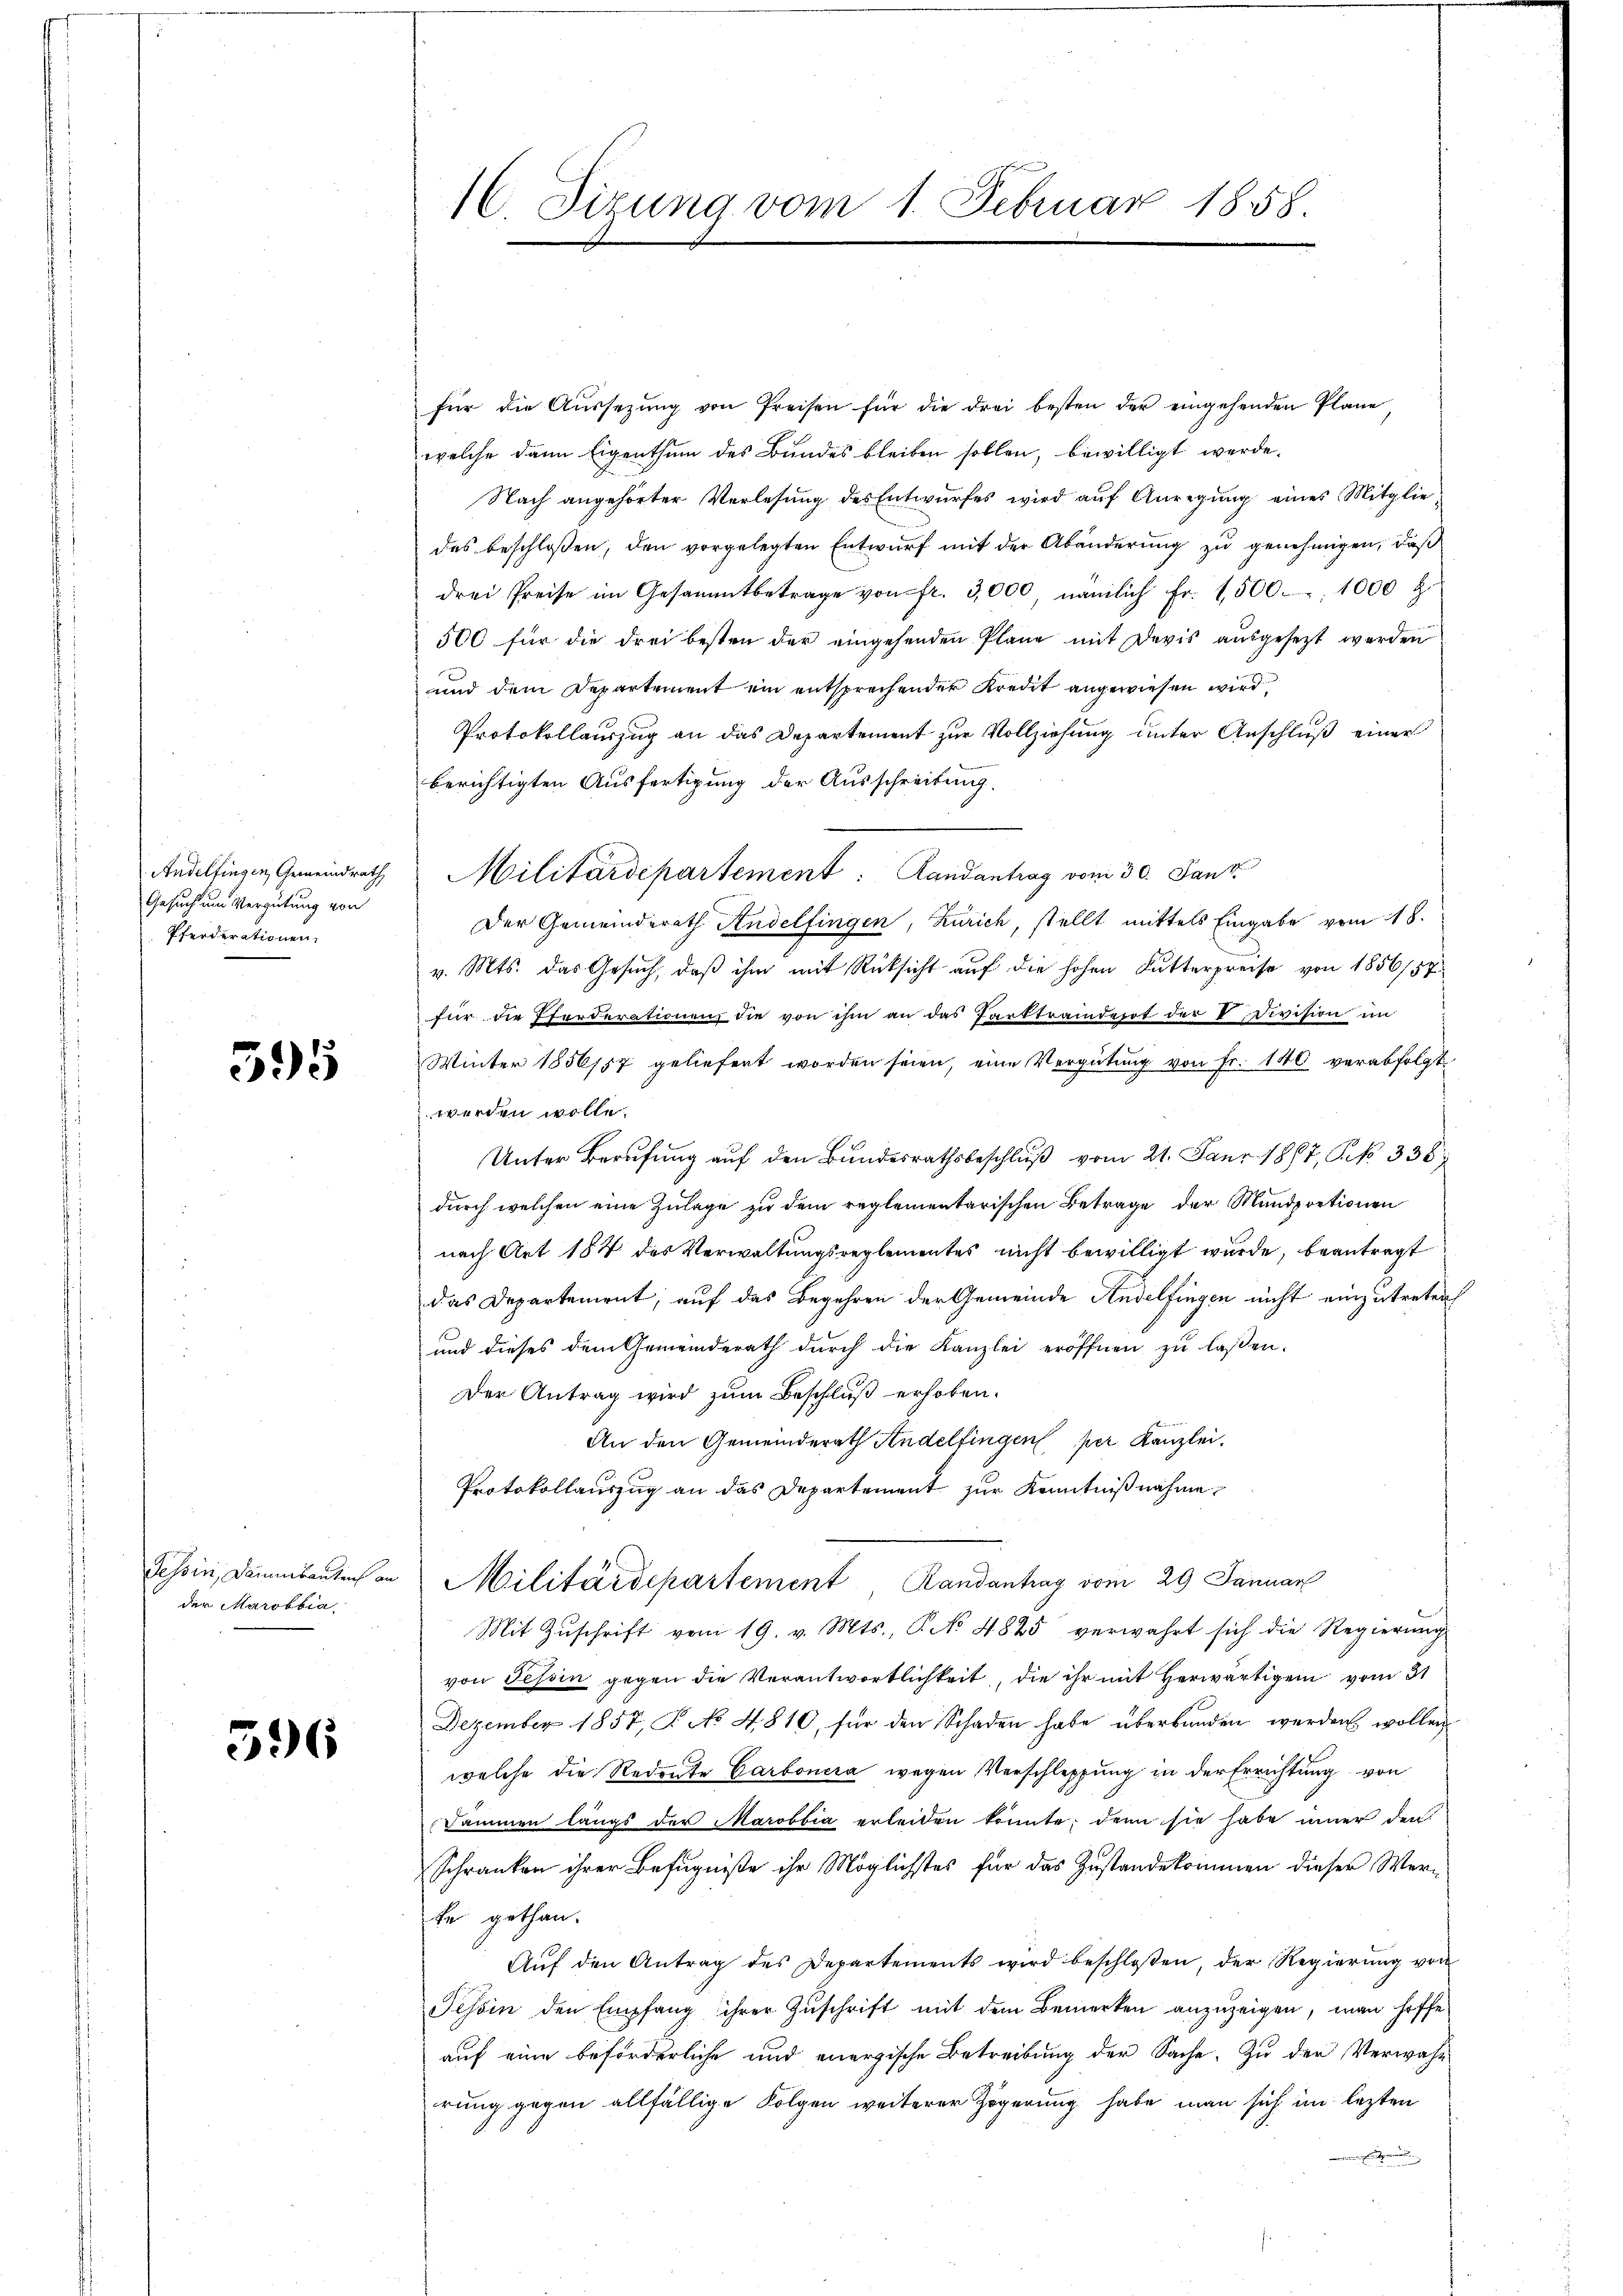
Andelfingen, Gemeindrath
Gesuch um Vergütung von
Pferderationen.

395

Tessin, Damitantrich an
der Marobbia

396

16 Sirung vom 1. Februar 1858.

für die Aŭssezŭng von Preisen für die drei besten der eingehenden Plane,
welche dann Eigenthum des Bundes bleiben sollen, bewilligt werde.
Nach angehörter Verlesung des Entwurfes wird auf Anregung eines Mitglie
des beschlossen, den vorgelegten Entwurf mit der Abänderung zu genehmigen, daß
drei Preise im Gesammtbetrage von fr. 3,000, nämlich fr. 1500. 1000 l.
500 für die drei besten der eingehenden Plane mit Devis aŭsgesezt werden
und dem Departement ein entsprechender Kredit angewiesen wird.
Protokollauszug an das Departement zur Vollziehung unter Anschluß einer
berichtigten Ausfertigung der Ausschreitung.
Militärdepartement: Landantrag vom 30. Janz
Der Gemeinderath Andelfingen, Zürich, stellt mittels Eingabe vom 18.
v. Mts. das Gesuch, daß ihm mit Rücksicht auf die hohen Futterpreise von 1856/57
für die Pforderationen die von ihm an das Parktraiderot der V. Division in
Winter 1856/57 geliefert worden seien, eine Vergütŭng von Fr. 140 verabfolgt
werden wolle.
Unter Berufung aŭf den Bŭndesrathsbeschlŭβ vom 21. Janr 1867, S. 338
durch welchen eine Zulage zu dem reglementarischen Betrage der Mundprationen
nach Art 184 des Verwaltungsreglementes nicht bewilligt wurde, beantragt
das Departement, auf das Begehren der Gemeinde Andelfingen nicht einzutreten
und dieses dem Gemeinderath durch die Kanzlei eröffnen zu laßen.
Der Antrag wird zum Beschluß erhoben.
An den Gemeinderath Andelfingen per Kanzlei.
Protokollauszug an das Departement zur Kenntnißnahme
Militärdepartement Randantrag vom 29 Januar
Mit Zŭschrift vom 19. v. Mts., P. No 4825 verwahrt sich die Regierung
von Tessin gegen die Verantwortlichkeit, die ihr mit Herwärtigen vom 31
Dezember 1857, P. No 4810, für den Schaden habe überbunden werden wollen
welche die Redoute Carbonera wegen Verschleppung in der Errichtung von
Dammen längs der Marobbia erleiden könnte; denn sie habe inner den
Schranken ihrer Befugniße ihr Möglichstes für das Zustandekommen dieser Werke gethan.
Aŭf den Antrag des Departements wird beschloßen, der Regierŭng von
Tessin den Empfang ihrer Zŭschrift mit dem Bemerken anzuzeigen, man hoffe
auf eine beförderliche und anergische Betreibung der Sache. Zu der Verwahrung gegen allfällige Folgen weiterer Zögerung habe man sich im lezten
Ende